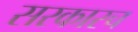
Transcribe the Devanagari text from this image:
सरकारच